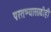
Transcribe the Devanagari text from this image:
परतण्यासाठीही